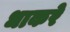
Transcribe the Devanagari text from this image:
धाकरे